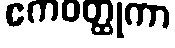
ဧကဝတ္ထုကာ